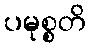
ပမုစ္စတိ